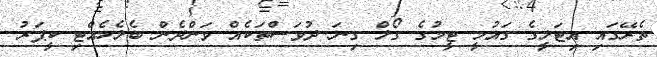
ތެރޭގައި އިޓަލީގެ ގައުމީ ޓީމުގެ ގޯލް ގިނަ ދުވަސްތަކެއް ވަންދެން ބެލެހެއްޓި ކީޕަރު